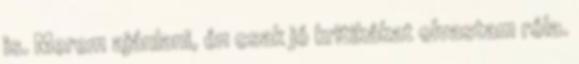
is. Merem ajánlani, én csak jó kritikákat olvastam róla.